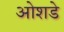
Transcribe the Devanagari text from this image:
ओशडे